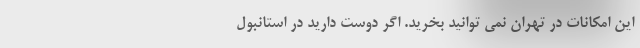
این امکانات در تهران نمی توانید بخرید. اگر دوست دارید در استانبول